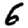
Digit: 6